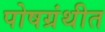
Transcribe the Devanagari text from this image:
पोषग्रंथीत